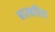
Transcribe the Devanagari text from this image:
बारबरिस